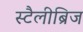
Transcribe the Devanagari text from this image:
स्टैलीब्रिज